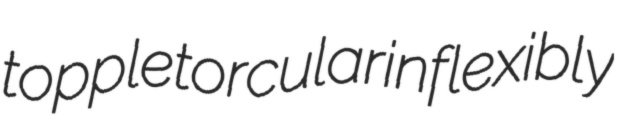
topple torcular inflexibly